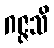
ဂဇ္ဇသိ